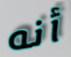
أنه